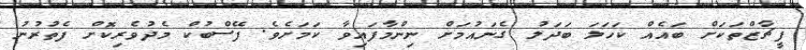
ފީޗާޒްތަކަށް ބައެއް ކަހަލަ ބަދަލު ގެނައުމަށް ނިންމާފައިވާ ކަމަށެވެ. ފޭސްބުކް މެދުވެރިކޮށް ފެތުރުނު